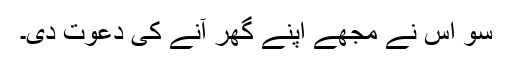
سو اس نے مجھے اپنے گھر آنے کی دعوت دی۔